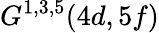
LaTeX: G^{1,3,5}(4d,5f)